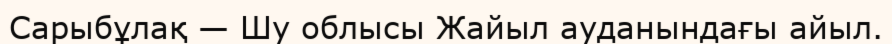
Сарыбұлақ — Шу облысы Жайыл ауданындағы айыл.